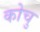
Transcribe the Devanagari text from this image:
कोचु